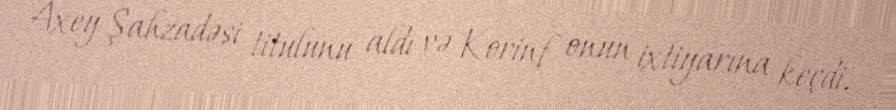
Axey Şahzadəsi titulunu aldı və Korinf onun ixtiyarına keçdi.